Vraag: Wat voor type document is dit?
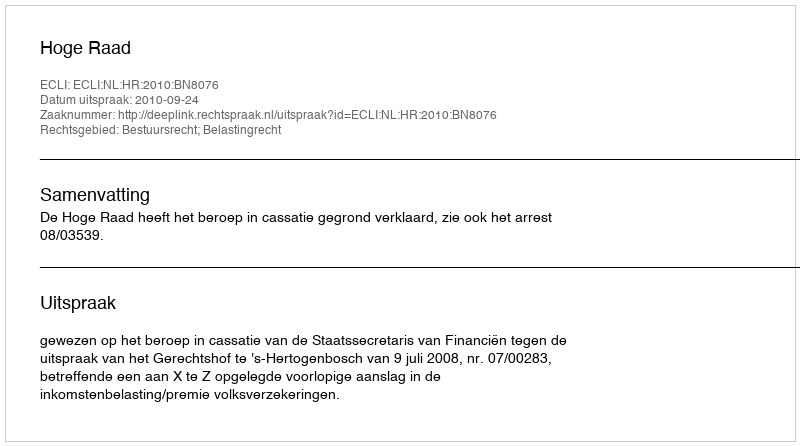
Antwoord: Uitspraak